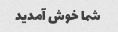
شما خوش آمدید